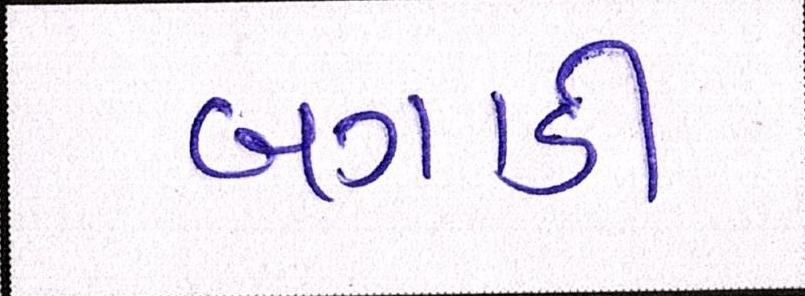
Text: બગાડી